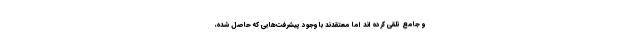
و جامع تلقی کرده اند اما معتقدند با وجود پیشرفت‌هایی که حاصل شده،